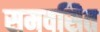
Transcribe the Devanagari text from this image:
समवसित